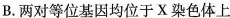
B. 两对等位基因均位于X染色体上